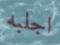
اجلبه